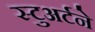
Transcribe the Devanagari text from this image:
स्टुअर्टने